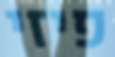
פיזי